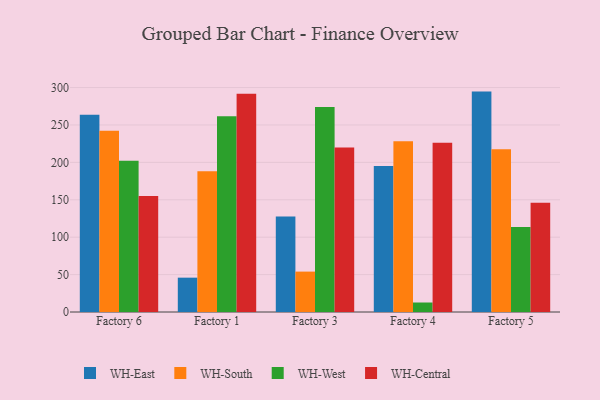
{"axis": {"x": "Factory", "y": "Shipments"}, "legend": ["WH-Central", "WH-East", "WH-South", "WH-West"], "data": [{"x": "Factory 6", "y": 263.5, "type": "WH-East"}, {"x": "Factory 6", "y": 242.3, "type": "WH-South"}, {"x": "Factory 6", "y": 202.3, "type": "WH-West"}, {"x": "Factory 6", "y": 154.9, "type": "WH-Central"}, {"x": "Factory 1", "y": 45.9, "type": "WH-East"}, {"x": "Factory 1", "y": 188.2, "type": "WH-South"}, {"x": "Factory 1", "y": 261.7, "type": "WH-West"}, {"x": "Factory 1", "y": 291.8, "type": "WH-Central"}, {"x": "Factory 3", "y": 127.8, "type": "WH-East"}, {"x": "Factory 3", "y": 54.0, "type": "WH-South"}, {"x": "Factory 3", "y": 274.1, "type": "WH-West"}, {"x": "Factory 3", "y": 219.8, "type": "WH-Central"}, {"x": "Factory 4", "y": 195.0, "type": "WH-East"}, {"x": "Factory 4", "y": 228.2, "type": "WH-South"}, {"x": "Factory 4", "y": 12.7, "type": "WH-West"}, {"x": "Factory 4", "y": 226.3, "type": "WH-Central"}, {"x": "Factory 5", "y": 294.6, "type": "WH-East"}, {"x": "Factory 5", "y": 217.7, "type": "WH-South"}, {"x": "Factory 5", "y": 113.6, "type": "WH-West"}, {"x": "Factory 5", "y": 145.9, "type": "WH-Central"}]}